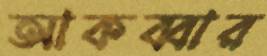
আকব্বার